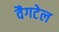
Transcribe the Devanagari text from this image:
वैगटेल